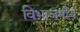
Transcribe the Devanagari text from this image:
विभाजनीय